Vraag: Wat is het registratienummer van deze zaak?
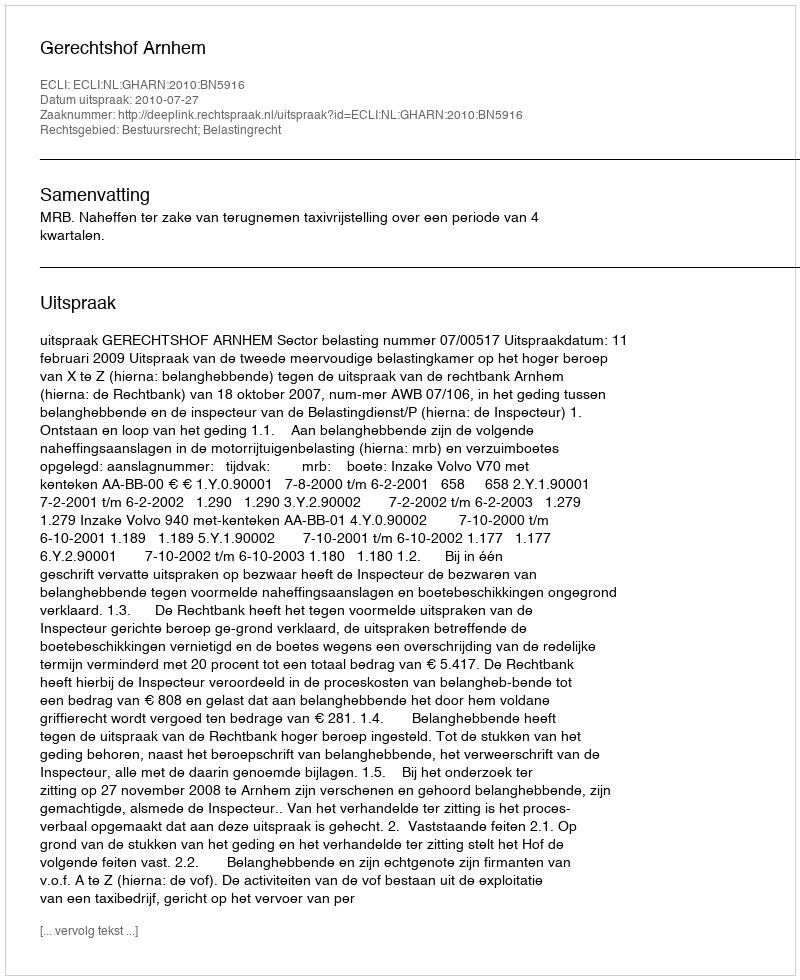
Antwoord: http://deeplink.rechtspraak.nl/uitspraak?id=ECLI:NL:GHARN:2010:BN5916